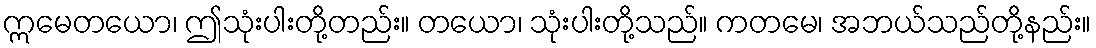
ဣမေတယော၊ ဤသုံးပါးတို့တည်း။ တယော၊ သုံးပါးတို့သည်။ ကတမေ၊ အဘယ်သည်တို့နည်း။